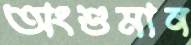
অংশুমান